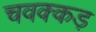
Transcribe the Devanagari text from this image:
चवक्कड़